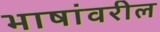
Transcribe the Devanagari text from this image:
भाषांवरील